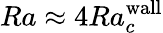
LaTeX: Ra\approx 4Ra_{c}^{\textrm{wall}}